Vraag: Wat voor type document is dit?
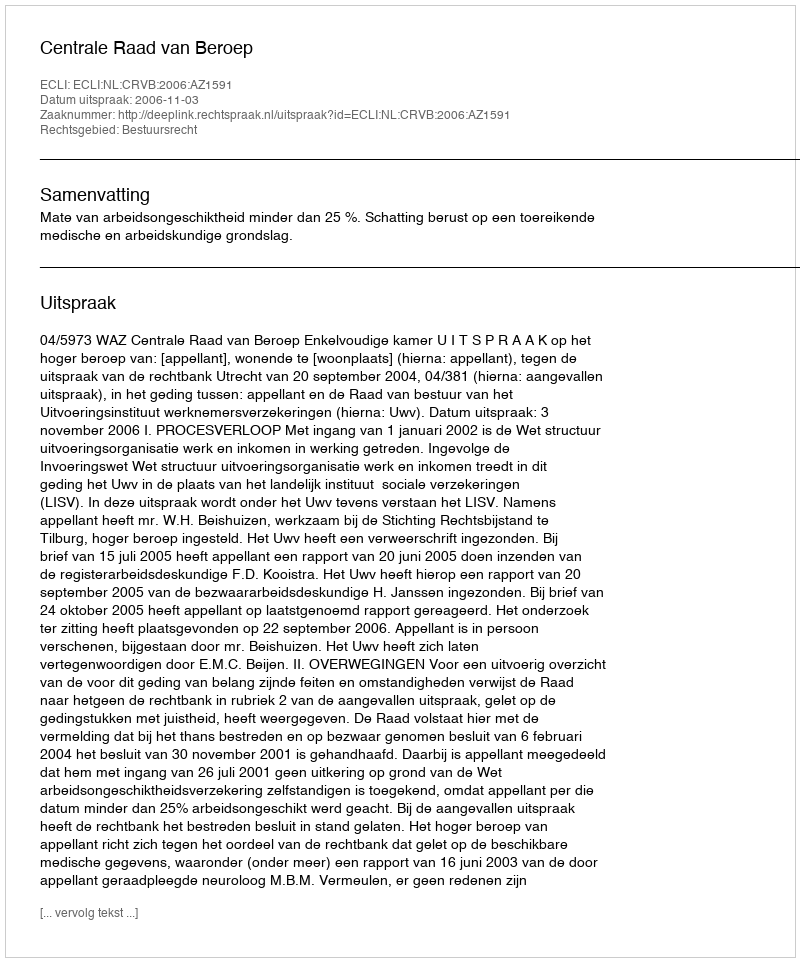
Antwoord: Uitspraak